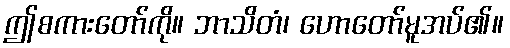
ဤစကားတော်ကို။ ဘာသိတံ၊ ဟောတော်မူအပ်၏။